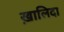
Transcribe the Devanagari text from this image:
ख़ालिदा